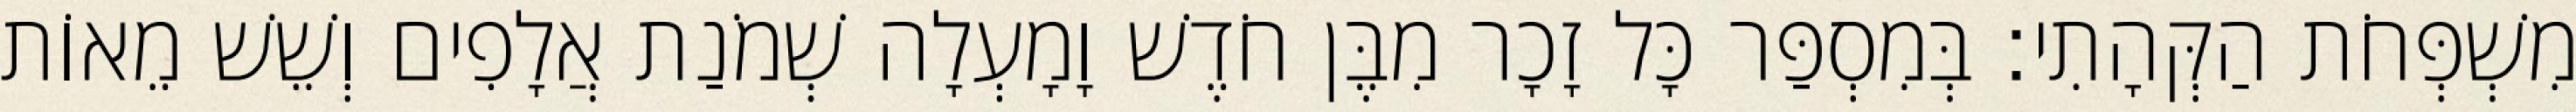
מִשְׁפְּחֹת הַקְּהָתִי׃ בְּמִסְפַּר כָּל זָכָר מִבֶּן חֹדֶשׁ וָמָעְלָה שְׁמֹנַת אֲלָפִים וְשֵׁשׁ מֵאוֹת